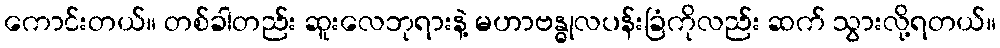
ကောင်းတယ်။ တစ်ခါတည်း ဆူးလေဘုရားနဲ့ မဟာဗန္ဓုလပန်းခြံကိုလည်း ဆက် သွားလို့ရတယ်။